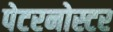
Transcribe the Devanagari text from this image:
पेटरनोस्टर